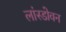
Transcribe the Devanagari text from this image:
लांस्डोवन